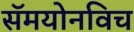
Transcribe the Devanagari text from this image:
सॅमयोनविच